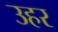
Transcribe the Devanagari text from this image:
उहर